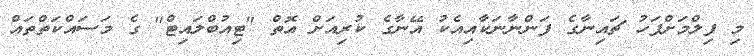
މި ފިލްމަށްފަހު ޗައިނާގެ ފަންނާނަކާއިއެކު އޭނާގެ ކުރިއަށް އޮތް "ޓިއުބްލައިޓް" ގެ މަސައްކަތްތައް